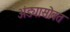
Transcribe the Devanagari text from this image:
अंड्यासोबत